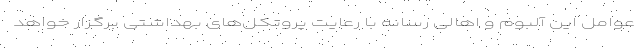
عوامل این آلبوم و اهالی رسانه با رعایت پروتکل‌های بهداشتی برگزار خواهد